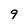
Character: 9